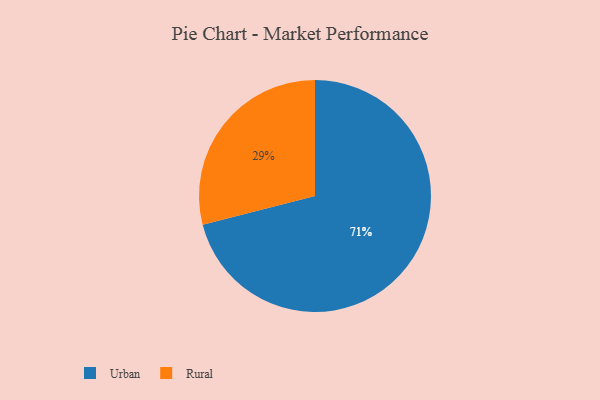
{"axis": {"x": "Category", "y": "Percentage"}, "legend": ["Rural", "Urban"], "data": [{"x": "Urban", "y": 71, "type": "Urban"}, {"x": "Rural", "y": 29, "type": "Rural"}]}